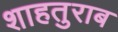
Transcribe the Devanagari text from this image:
शाहतुराब